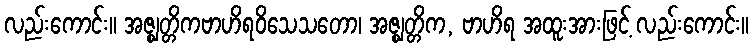
လည်းကောင်း။ အဇ္ဈတ္တိကဗာဟိရဝိသေသတော၊ အဇ္ဈတ္တိက, ဗာဟိရ အထူးအားဖြင့် လည်းကောင်း။